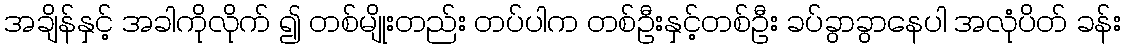
အချိန်နှင့် အခါကိုလိုက် ၍ တစ်မျိုးတည်း တပ်ပါက တစ်ဦးနှင့်တစ်ဦး ခပ်ခွာခွာနေပါ အလုံပိတ် ခန်း